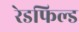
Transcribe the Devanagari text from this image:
रेडफिल्ड